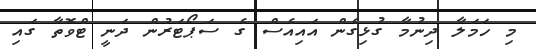
މި ހަމަލާ ދިނުމާ ގުޅިގެން އައިއެސް ގެ ސަޕޯޓަރުން ދަނީ ޓްވޮތާ ގައި